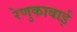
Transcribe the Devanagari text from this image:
रेणुकाबाई